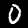
Digit: 0